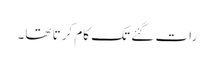
رات گئے تک کام کرتا تھا۔